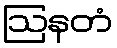
ဩနတံ